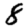
Digit: 8